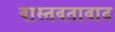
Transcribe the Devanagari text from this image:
वास्तवतावाद